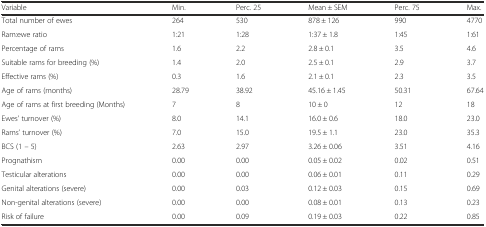
<table><thead><tr><td><b>Variable</b></td><td><b>Min.</b></td><td><b>Perc. 25</b></td><td><b>Mean ± SEM</b></td><td><b>Perc. 75</b></td><td><b>Max.</b></td></tr></thead><tbody><tr><td>Total number of ewes</td><td>264</td><td>530</td><td>878 ± 126</td><td>990</td><td>4770</td></tr><tr><td>Ram:ewe ratio</td><td>1:21</td><td>1:28</td><td>1:37 ± 1.8</td><td>1:45</td><td>1:61</td></tr><tr><td>Percentage of rams</td><td>1.6</td><td>2.2</td><td>2.8 ± 0.1</td><td>3.5</td><td>4.6</td></tr><tr><td>Suitable rams for breeding (%)</td><td>1.4</td><td>2.0</td><td>2.5 ± 0.1</td><td>2.9</td><td>3.7</td></tr><tr><td>Effective rams (%)</td><td>0.3</td><td>1.6</td><td>2.1 ± 0.1</td><td>2.3</td><td>3.5</td></tr><tr><td>Age of rams (months)</td><td>28.79</td><td>38.92</td><td>45.16 ± 1.45</td><td>50.31</td><td>67.64</td></tr><tr><td>Age of rams at first breeding (Months)</td><td>7</td><td>8</td><td>10 ± 0</td><td>12</td><td>18</td></tr><tr><td>Ewes’ turnover (%)</td><td>8.0</td><td>14.1</td><td>16.0 ± 0.6</td><td>18.0</td><td>23.0</td></tr><tr><td>Rams’ turnover (%)</td><td>7.0</td><td>15.0</td><td>19.5 ± 1.1</td><td>23.0</td><td>35.3</td></tr><tr><td>BCS (1 – 5)</td><td>2.63</td><td>2.97</td><td>3.26 ± 0.06</td><td>3.51</td><td>4.16</td></tr><tr><td>Prognathism</td><td>0.00</td><td>0.00</td><td>0.05 ± 0.02</td><td>0.02</td><td>0.51</td></tr><tr><td>Testicular alterations</td><td>0.00</td><td>0.00</td><td>0.06 ± 0.01</td><td>0.11</td><td>0.29</td></tr><tr><td>Genital alterations (severe)</td><td>0.00</td><td>0.03</td><td>0.12 ± 0.03</td><td>0.15</td><td>0.69</td></tr><tr><td>Non-genital alterations (severe)</td><td>0.00</td><td>0.00</td><td>0.08 ± 0.01</td><td>0.13</td><td>0.23</td></tr><tr><td>Risk of failure</td><td>0.00</td><td>0.09</td><td>0.19 ± 0.03</td><td>0.22</td><td>0.85</td></tr></tbody></table>